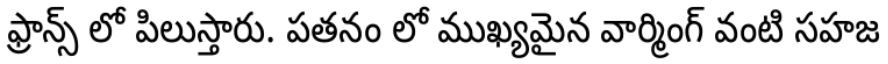
ఫ్రాన్స్ లో పిలుస్తారు. పతనం లో ముఖ్యమైన వార్మింగ్ వంటి సహజ